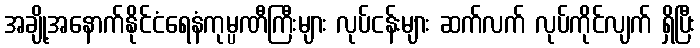
အချို့အနောက်နိုင်ငံရေနံကုမ္ပဏီကြီးများ လုပ်ငန်းများ ဆက်လက် လုပ်ကိုင်လျက် ရှိပြီး